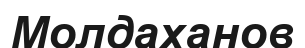
Молдаханов